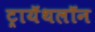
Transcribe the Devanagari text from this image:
ट्रायॅथलॉन